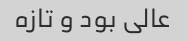
عالی بود و تازه